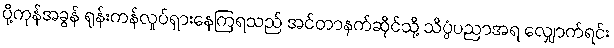
ပို့ကုန်အခွန် ရုန်းကန်လှုပ်ရှားနေကြရသည် အင်တာနက်ဆိုင်သို့ သိပ္ပံပညာအရ လျှောက်ရင်း